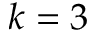
k = 3